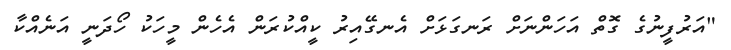
"އަރުފީނުގެ ގޮތް އަހަންނަށް ރަނގަޅަށް އެނގޭއިރު ކީއްކުރަން އެހެން މީހަކު ހޯދަނީ އަނެއްކާ